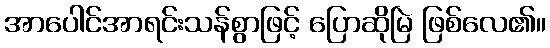
အာပေါင်အာရင်းသန်စွာဖြင့် ပြောဆိုမြဲ ဖြစ်လေ၏။